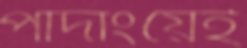
পাদাংয়েই